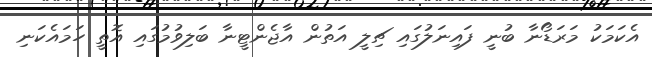
އެކަމަކު މަރަޑޯނާ ބުނީ ފައިނަލުގައި ޗިލީ އަތުން އާޖެންޓީނާ ބަލިވުމުގައި އޮތީ ހަމައެކަނި